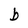
Character: b